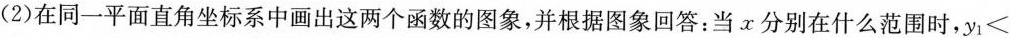
(2)在同一平面直角坐标系中画出这两个函数的图象，并根据图象回答：当x分别在什么范围时，y_{1}<